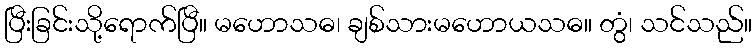
ပြီးခြင်းသို့ရောက်ပြီ။ မဟောသဓ၊ ချစ်သားမဟောယသဓ။ တွံ၊ သင်သည်။